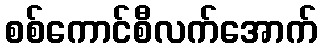
စစ်ကောင်စီလက်အောက်